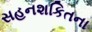
સહનશકિતના